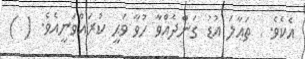
އެކެވެ.  ތަޢާލަ އުޑު ގަންދެއްވާ ހުވާ ވަޙީ ކުރައްވަނީއެވެ. ( )